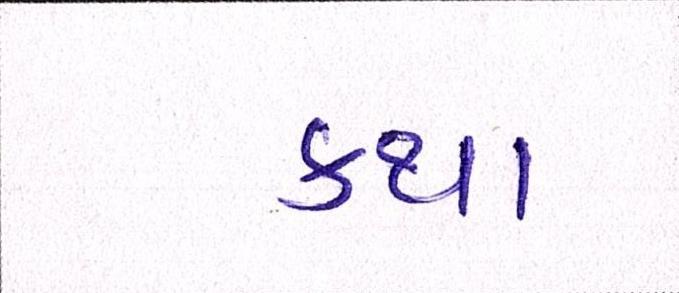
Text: કથા